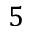
5